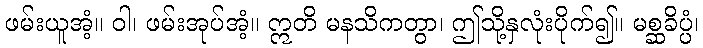
ဖမ်းယူအံ့။ ဝါ၊ ဖမ်းအုပ်အံ့။ ဣတိ မနသိကတွာ၊ ဤသို့နှလုံးပိုက်၍။ မစ္ဆခိပ္ပံ၊